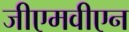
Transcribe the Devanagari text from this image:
जीएमवीएन